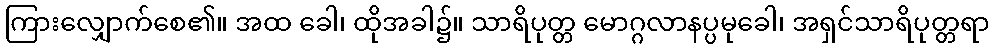
ကြားလျှောက်စေ၏။ အထ ခေါ၊ ထိုအခါ၌။ သာရိပုတ္တ မောဂ္ဂလာနပ္ပမုခေါ၊ အရှင်သာရိပုတ္တရာ